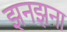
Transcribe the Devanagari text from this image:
झनझना